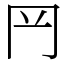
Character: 𦉰